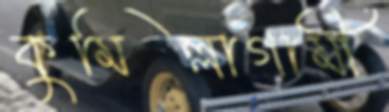
কুমিল্লাগামী